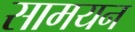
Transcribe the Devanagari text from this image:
सामयन